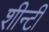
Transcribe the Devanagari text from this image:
शीन्टी